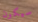
سيكون